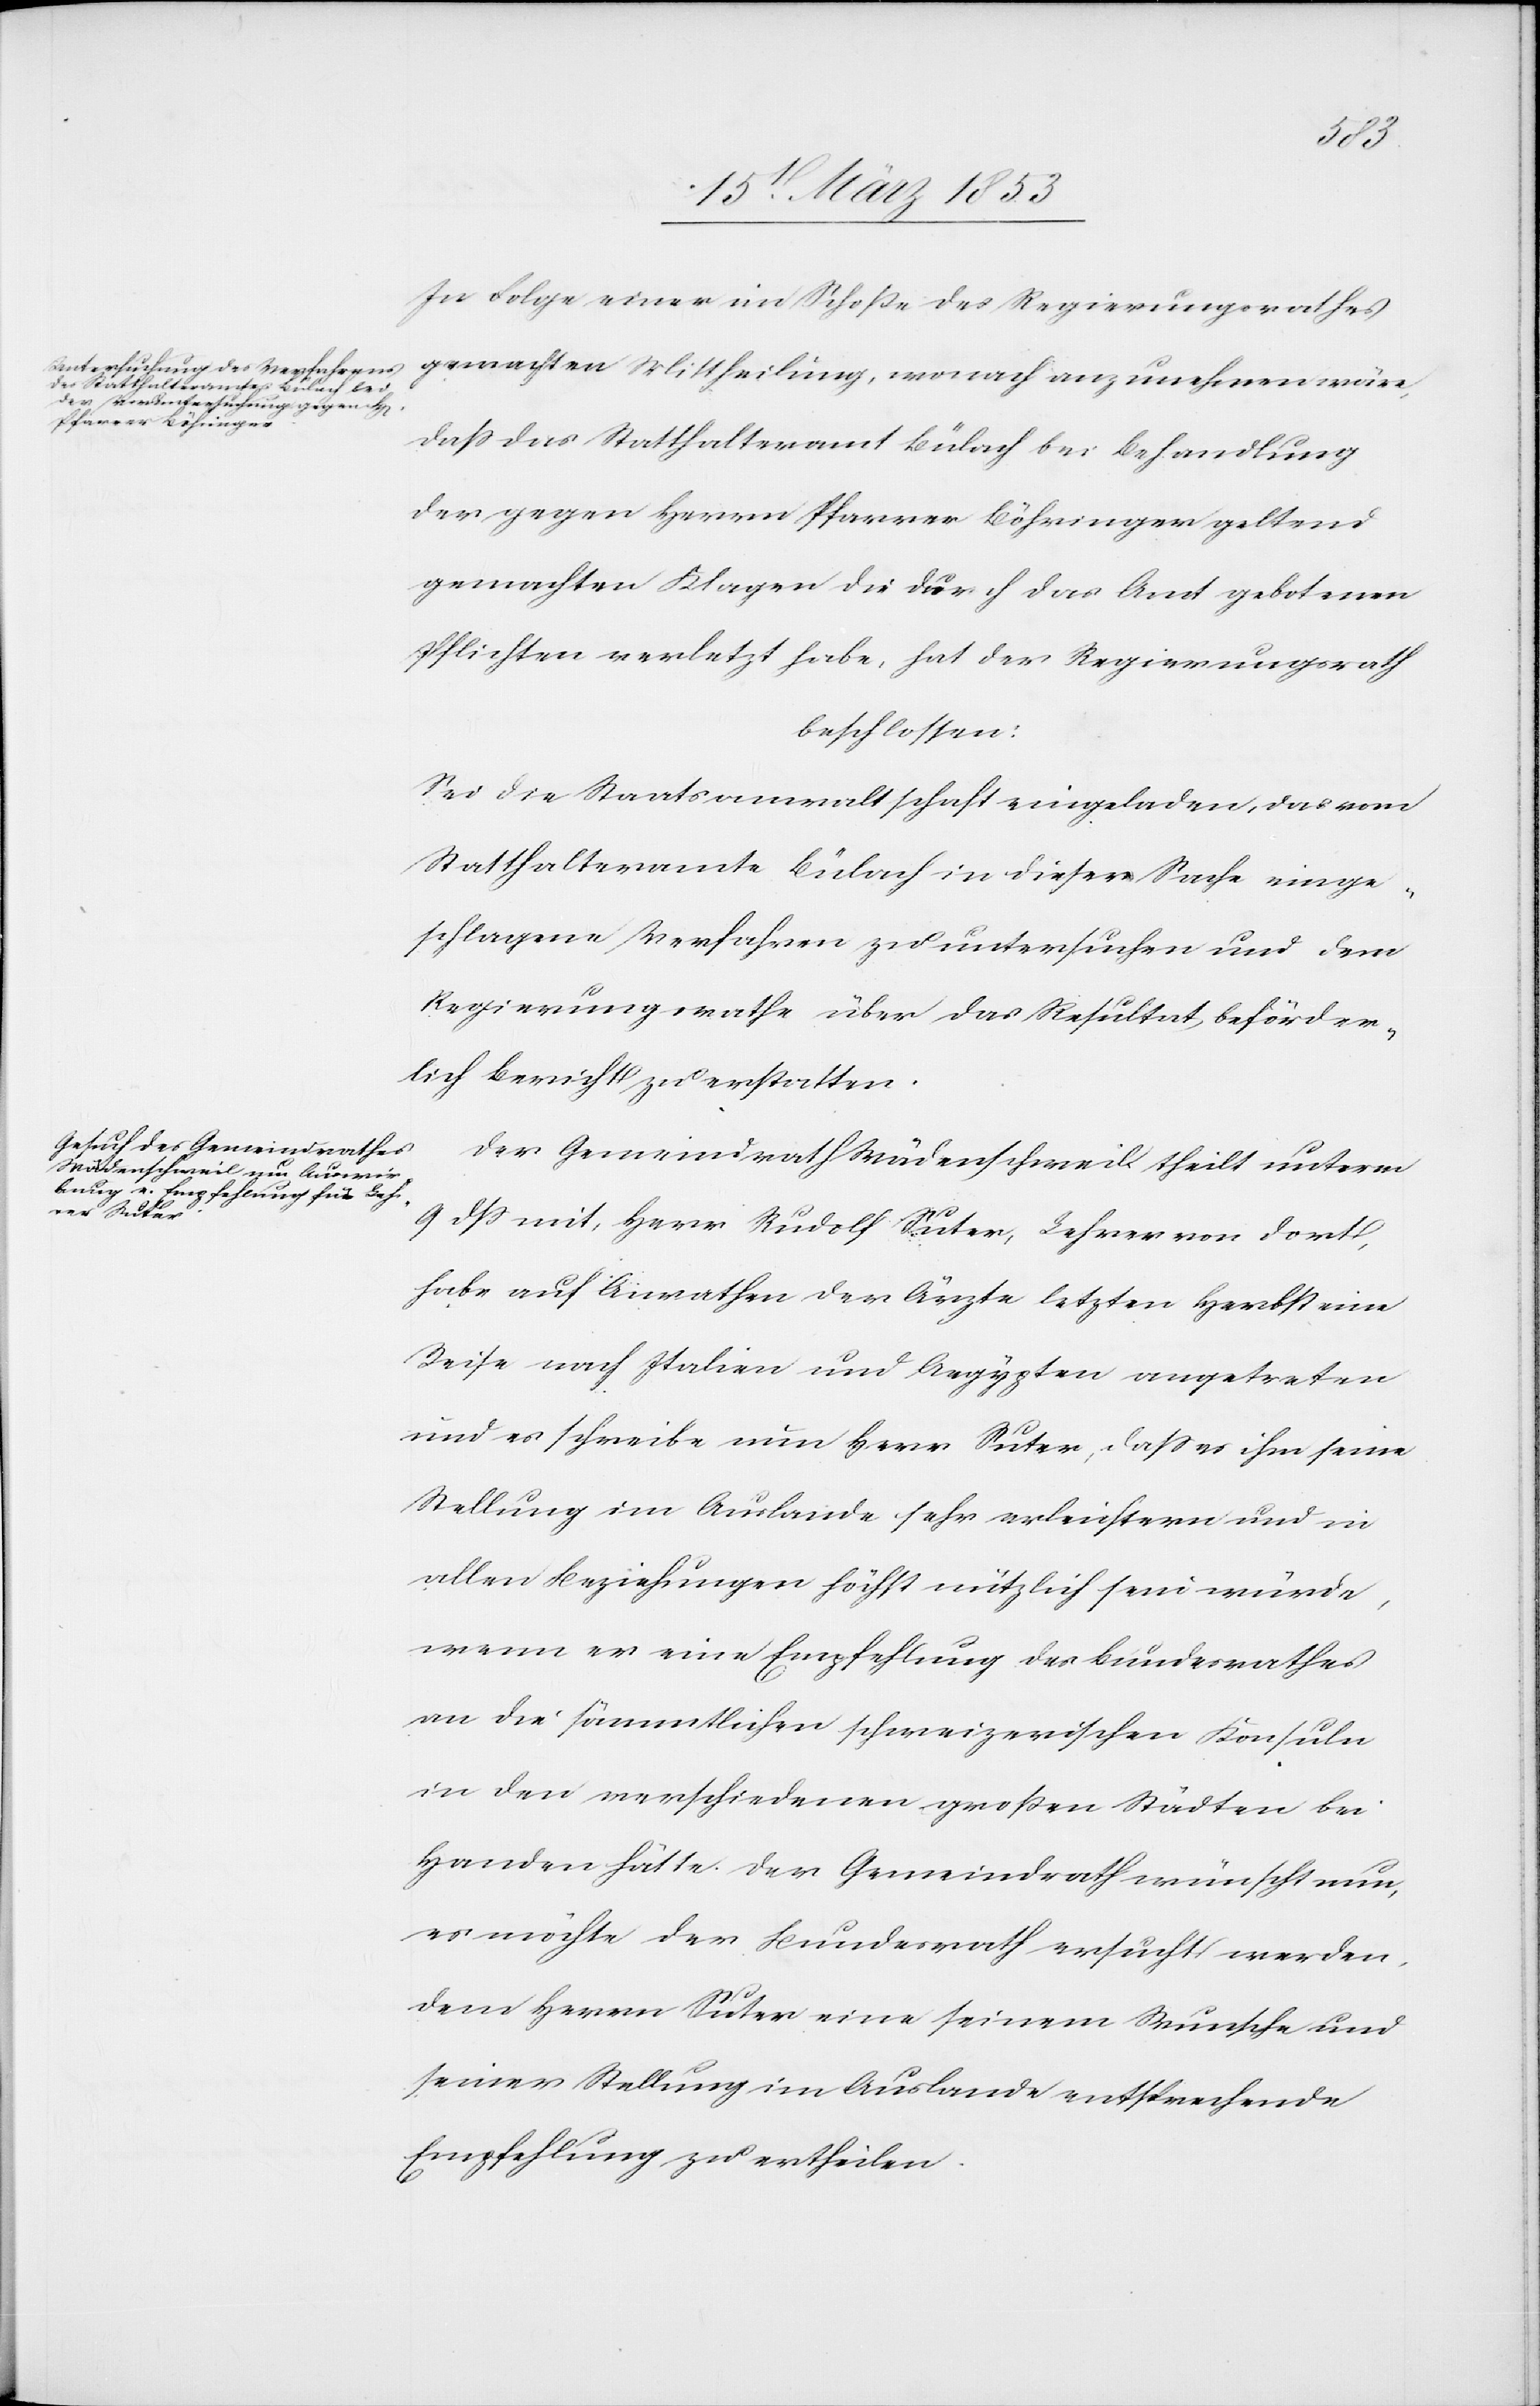
der
In Folge einer im Schoße des Regierungsrathes
gemachten Mittheilung, wonach anzunehmen wäre,
daß das Statthalteramt Bülach bei Behandlung
der gegen Herrn Pfarrer Böhringer geltend
gemachten Klagen die durch das Amt gebotenen
beschlossen:
Sei die Staatsanwaltschaft eingeladen, das vom
Statthalteramte Bülach in dieser Sache einge¬
schlagene Verfahren zu untersuchen und dem
Regierungsrathe über das Resultat beförder¬
lich Bericht zu erstatten.
Der Gemeindrath Wädenschweil theilt unterm
9 dß mit, Herr Rudolf Suter, Lehrer von dort,
habe auf Anrathen der Ärzte letzten Herbst eine
Reise nach Italien und Aegypten angetreten
und es schreibe nun Herr Suter, daß es ihm seine
Stellung im Auslande sehr erleichtern und in
allen Beziehungen höchst nützlich sein würde,
wenn er eine Empfehlung des Bundesrathes
an die sämmtlichen schweizerischen Konsuln
in den verschiedenen großen Städten bei
Handen hätte. Der Gemeindrath wünscht nun,
es möchte der Bundesrath ersucht werden.
Dem Herrn Suter eine seinem Wunsche und
seiner Stellung im Auslande entsprechende
Empfehlung zu ertheilen.